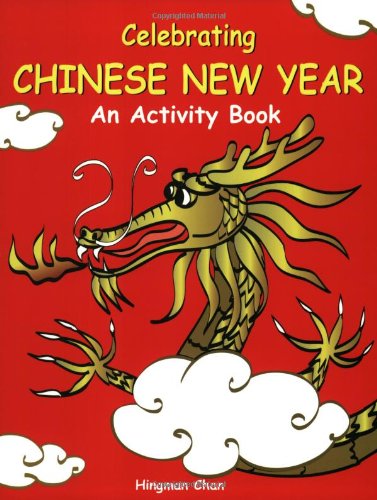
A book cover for Celebrating Chinese New Year: An Activity Book; Hingman Chan; Children's Books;